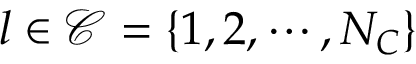
l \in \mathcal { C } = \{ 1 , 2 , \cdots , N _ { C } \}